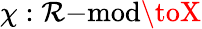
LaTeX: \chi:\mathcal{R}{\mathrm{{-mod}}}\toX